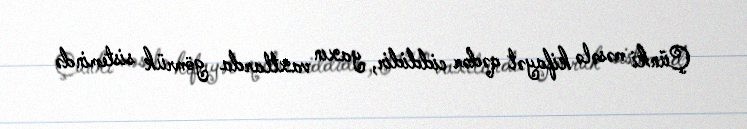
Çünki məsələ kifayət qədər ciddidir, yaxın vaxtlarda gömrük sistemində